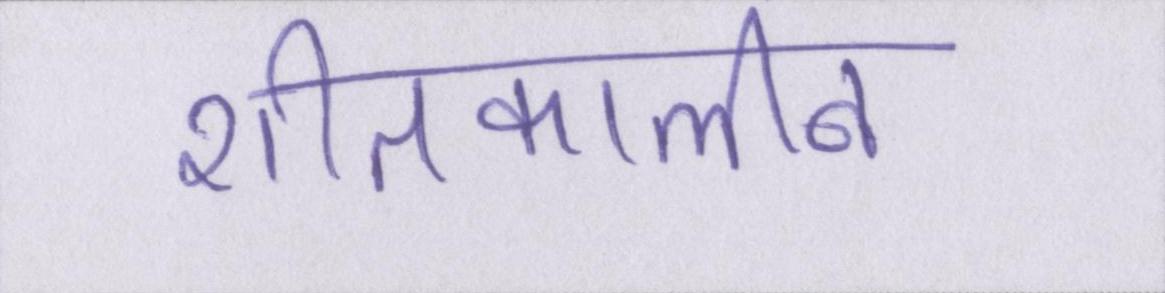
शीतकालीन